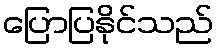
ပြောပြနိုင်သည်